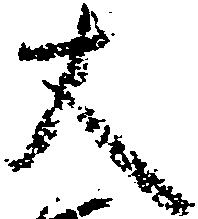
丈